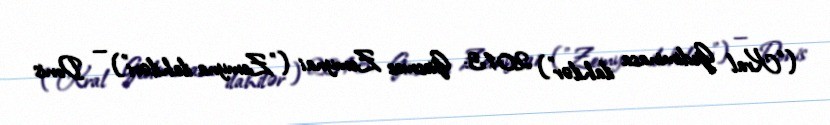
("Kral Gediminasa ilahilər") 2013: Giesmes Zemynai ("Zemyna ilahiləri") — Donis